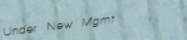
Under New Mgmt